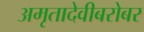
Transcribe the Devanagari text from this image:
अमृतादेवीबरोबर